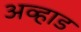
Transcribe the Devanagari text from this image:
अव्हाड